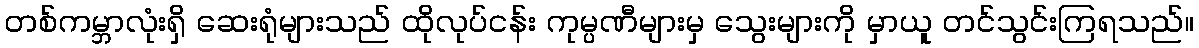
တစ်ကမ္ဘာလုံးရှိ ဆေးရုံများသည် ထိုလုပ်ငန်း ကုမ္ပဏီများမှ သွေးများကို မှာယူ တင်သွင်းကြရသည်။